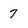
Character: 7